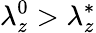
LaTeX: \lambda_{z}^{0}>\lambda_{z}^{*}